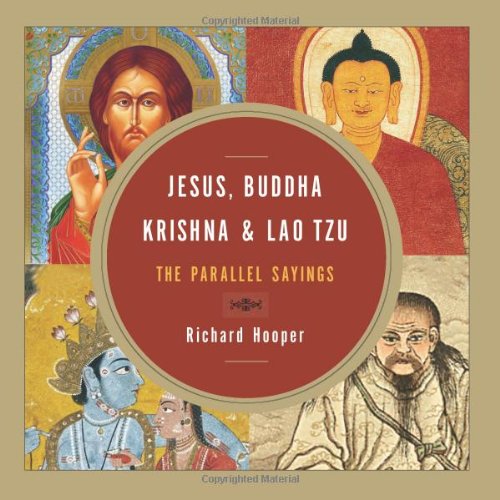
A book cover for Jesus, Buddha, Krishna, and Lao Tzu: The Parallel Sayings; Richard Hooper; Religion & Spirituality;